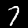
Digit: 7